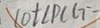
\cot \angle P C G =